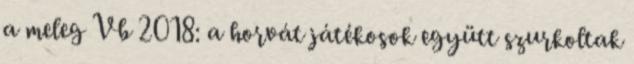
a meleg Vb 2018: a horvát játékosok együtt szurkoltak